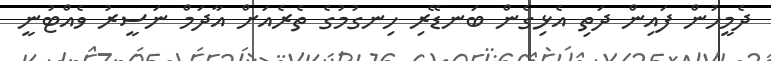
ދެމީހުން ފައިން ދަތި އެޅިގެން ބަނޑޭރި ހިނގުމުގެ ތެރެއަށް އާދަމް ނަސީރު ވެއްޓުނީ